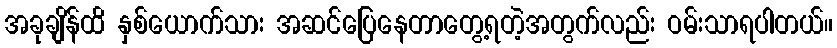
အခုချိန်ထိ နှစ်ယောက်သား အဆင်ပြေနေတာတွေ့ရတဲ့အတွက်လည်း ဝမ်းသာရပါတယ်။